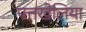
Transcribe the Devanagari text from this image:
पत्तखेलिया